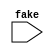
module glob(fake);
   input fake;

   reg var1;
   reg var2;
endmodule